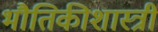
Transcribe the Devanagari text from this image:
भौतिकीशास्त्री